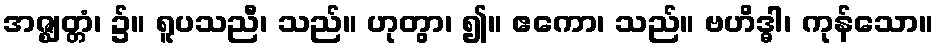
အဇ္ဈတ္တံ၊ ၌။ ရူပသညီ၊ သည်။ ဟုတွာ၊ ၍။ ဧကော၊ သည်။ ဗဟိဒ္ဓါ၊ ကုန်သော။